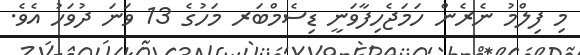
މި ފިލްމު ނެރެން ހަމަޖެހިފާވަނީ ޑިސެމްބަރ މަހުގެ 13 ވަނަ ދުވަހު އެވެ.